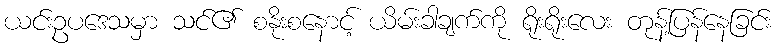
ယင်းဥပဒေသမှာ သင်၏ စနိုးစနောင့် ယိမ်းခါချက်ကို ရိုးရိုးလေး တုန့်ပြန်နေခြင်း